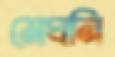
মেঘনি